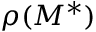
\rho ( M ^ { \ast } )